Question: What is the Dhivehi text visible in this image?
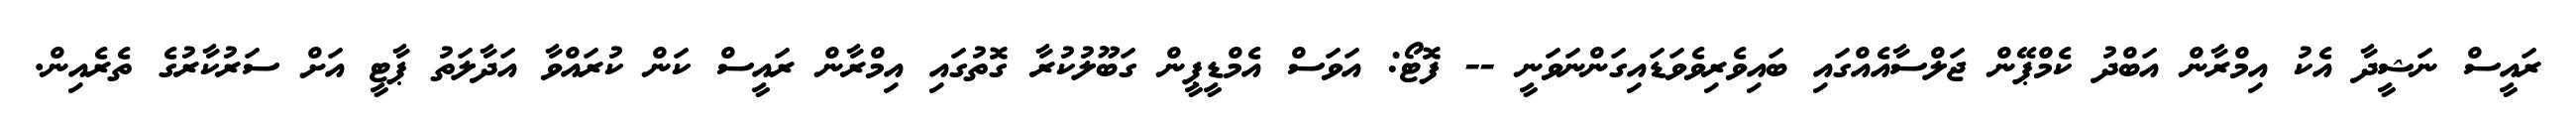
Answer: ރައީސް ނަޝީދާ އެކު އިމްރާން އަބްދު ކެމްޕޭން ޖަލްސާއެއްގައި ބައިވެރިވެވަޑައިގަންނަވަނީ -- ފޮޓޯ: އަވަސް އެމްޑީޕީން ގަބޫލުކުރާ ގޮތުގައި އިމްރާން ރައީސް ކަން ކުރައްވާ އަދާލަތު ޕާޓީ އަށް ސަރުކާރުގެ ތެރެއިން.